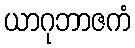
ယာဂုဘာဇကံ